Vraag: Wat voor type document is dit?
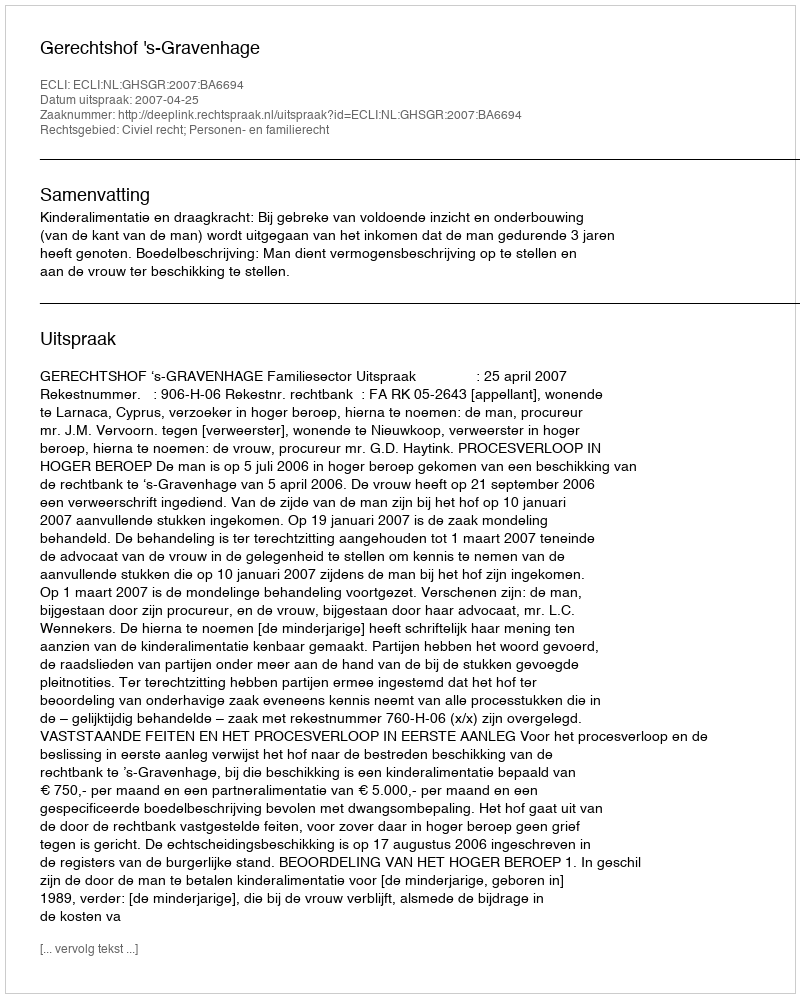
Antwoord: Uitspraak